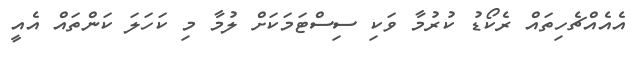
އެއެއްޗެހިތައް ރެކޯޑު ކުރުމާ ވަކި ސިސްޓަމަކަށް ލުމާ މި ކަހަލަ ކަންތައް އެއީ